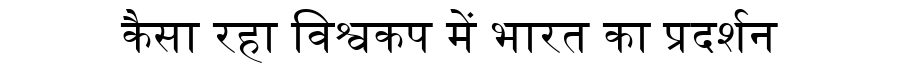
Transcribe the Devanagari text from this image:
कैसा रहा विश्वकप में भारत का प्रदर्शन